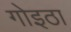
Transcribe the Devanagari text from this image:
गोइठा